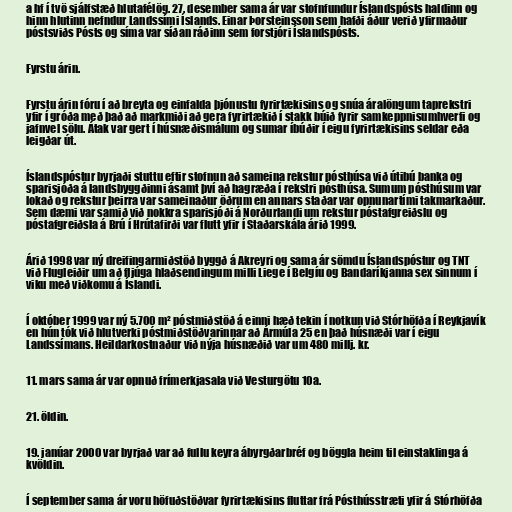
a hf í tvö sjálfstæð hlutafélög. 27. desember sama ár var stofnfundur Íslandspósts haldinn og
hinn hlutinn nefndur Landssími Íslands. Einar Þorsteinsson sem hafði áður verið yfirmaður
póstsviðs Pósts og síma var síðan ráðinn sem forstjóri Íslandspósts.

Fyrstu árin.

Fyrstu árin fóru í að breyta og einfalda þjónustu fyrirtækisins og snúa áralöngum taprekstri
yfir í gróða með það að markmiði að gera fyrirtækið í stakk búið fyrir samkeppnisumhverfi og
jafnvel sölu. Átak var gert í húsnæðismálum og sumar íbúðir í eigu fyrirtækisins seldar eða
leigðar út.

Íslandspóstur byrjaði stuttu eftir stofnun að sameina rekstur pósthúsa við útibú banka og
sparisjóða á landsbyggðinni ásamt því að hagræða í rekstri pósthúsa. Sumum pósthúsum var
lokað og rekstur þeirra var sameinaður öðrum en annars staðar var opnunartími takmarkaður.
Sem dæmi var samið við nokkra sparisjóði á Norðurlandi um rekstur póstafgreiðslu og
póstafgreiðsla á Brú í Hrútafirði var flutt yfir í Staðarskála árið 1999.

Árið 1998 var ný dreifingarmiðstöð byggð á Akreyri og sama ár sömdu Íslandspóstur og TNT
við Flugleiðir um að fljúga hlaðsendingum milli Liege í Belgíu og Bandaríkjanna sex sinnum í
viku með viðkomu á Íslandi.

Í október 1999 var ný 5.700 m² póstmiðstöð á einni hæð tekin í notkun við Stórhöfða í Reykjavík
en hún tók við hlutverki póstmiðstöðvarinnar að Ármúla 25 en það húsnæði var í eigu
Landssímans. Heildarkostnaður við nýja húsnæðið var um 480 millj. kr.

11. mars sama ár var opnuð frímerkjasala við Vesturgötu 10a.

21. öldin.

19. janúar 2000 var byrjað var að fullu keyra ábyrgðarbréf og böggla heim til einstaklinga á
kvöldin.

Í september sama ár voru höfuðstöðvar fyrirtækisins fluttar frá Pósthússtræti yfir á Stórhöfða